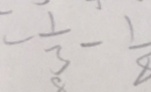
= \frac { 1 } { 3 } - \frac { 1 } { 8 }